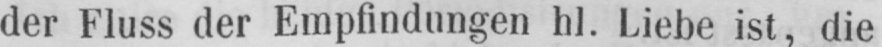
der Fluss der Empfindungen hl. Liebe ist, die